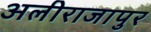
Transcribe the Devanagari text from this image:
अलीराजापुर